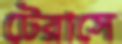
টেরাসে